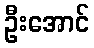
ဦးအောင်